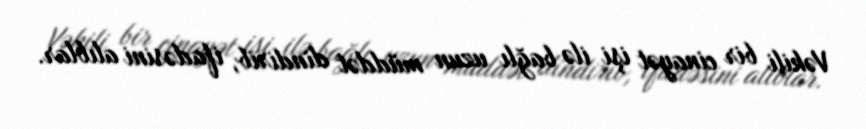
Vəkili bir cinayət işi ilə bağlı uzun müddət dindirib, ifadəsini alıblar.